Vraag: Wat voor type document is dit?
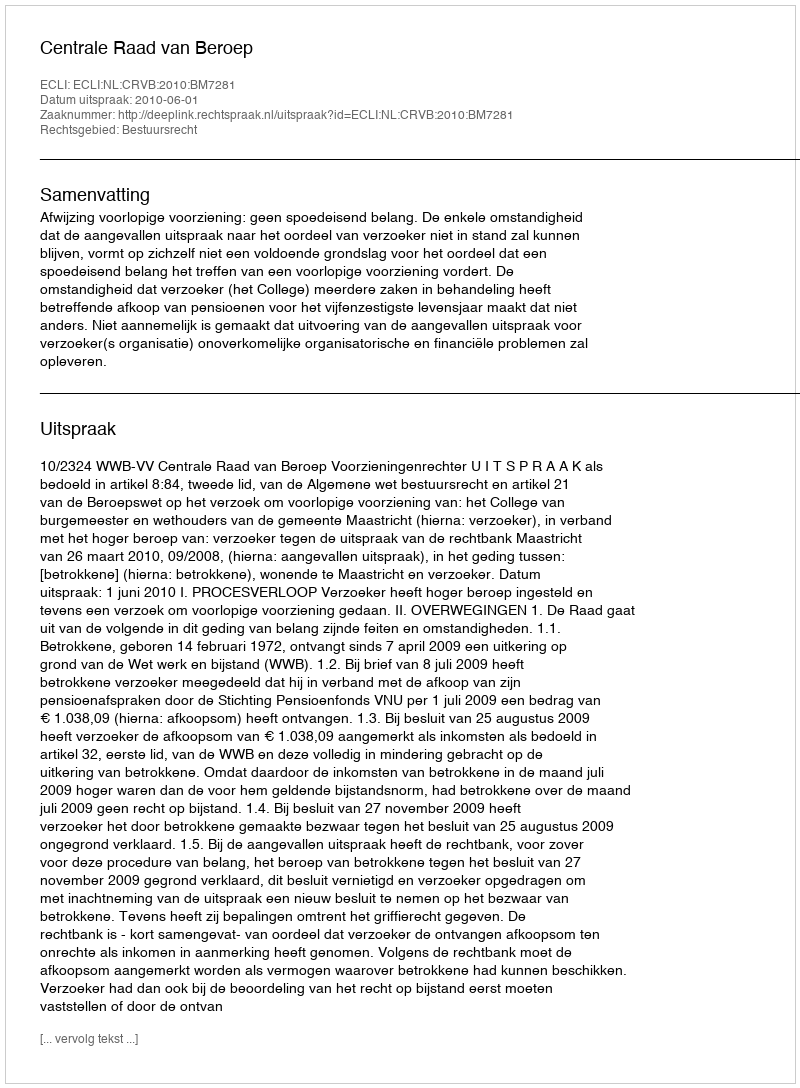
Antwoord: Uitspraak